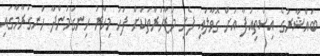
ބައްޝާރުގެ އިސްތިއުފާ އަށް ގޮވާލައި ފެށި މުޒާހަރާތަކަށް ފަހު މިހާރު ހިނގަމުންދާ ހަނގުރާމާގައި